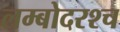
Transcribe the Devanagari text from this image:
लम्बोदरश्च